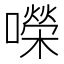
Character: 㘇